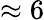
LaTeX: \approx 6